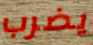
يضرب